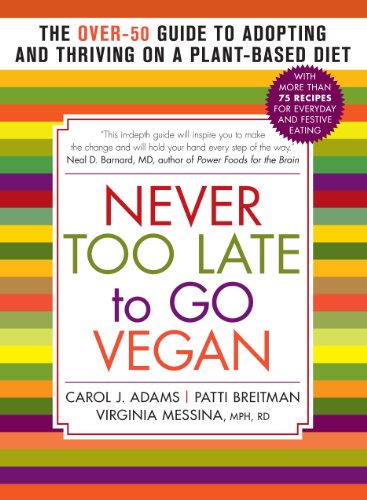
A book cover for Never Too Late to Go Vegan: The Over-50 Guide to Adopting and Thriving on a Plant-Based Diet; Carol J. Adams; Health, Fitness & Dieting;